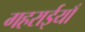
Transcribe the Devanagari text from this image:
गहराईयाँ